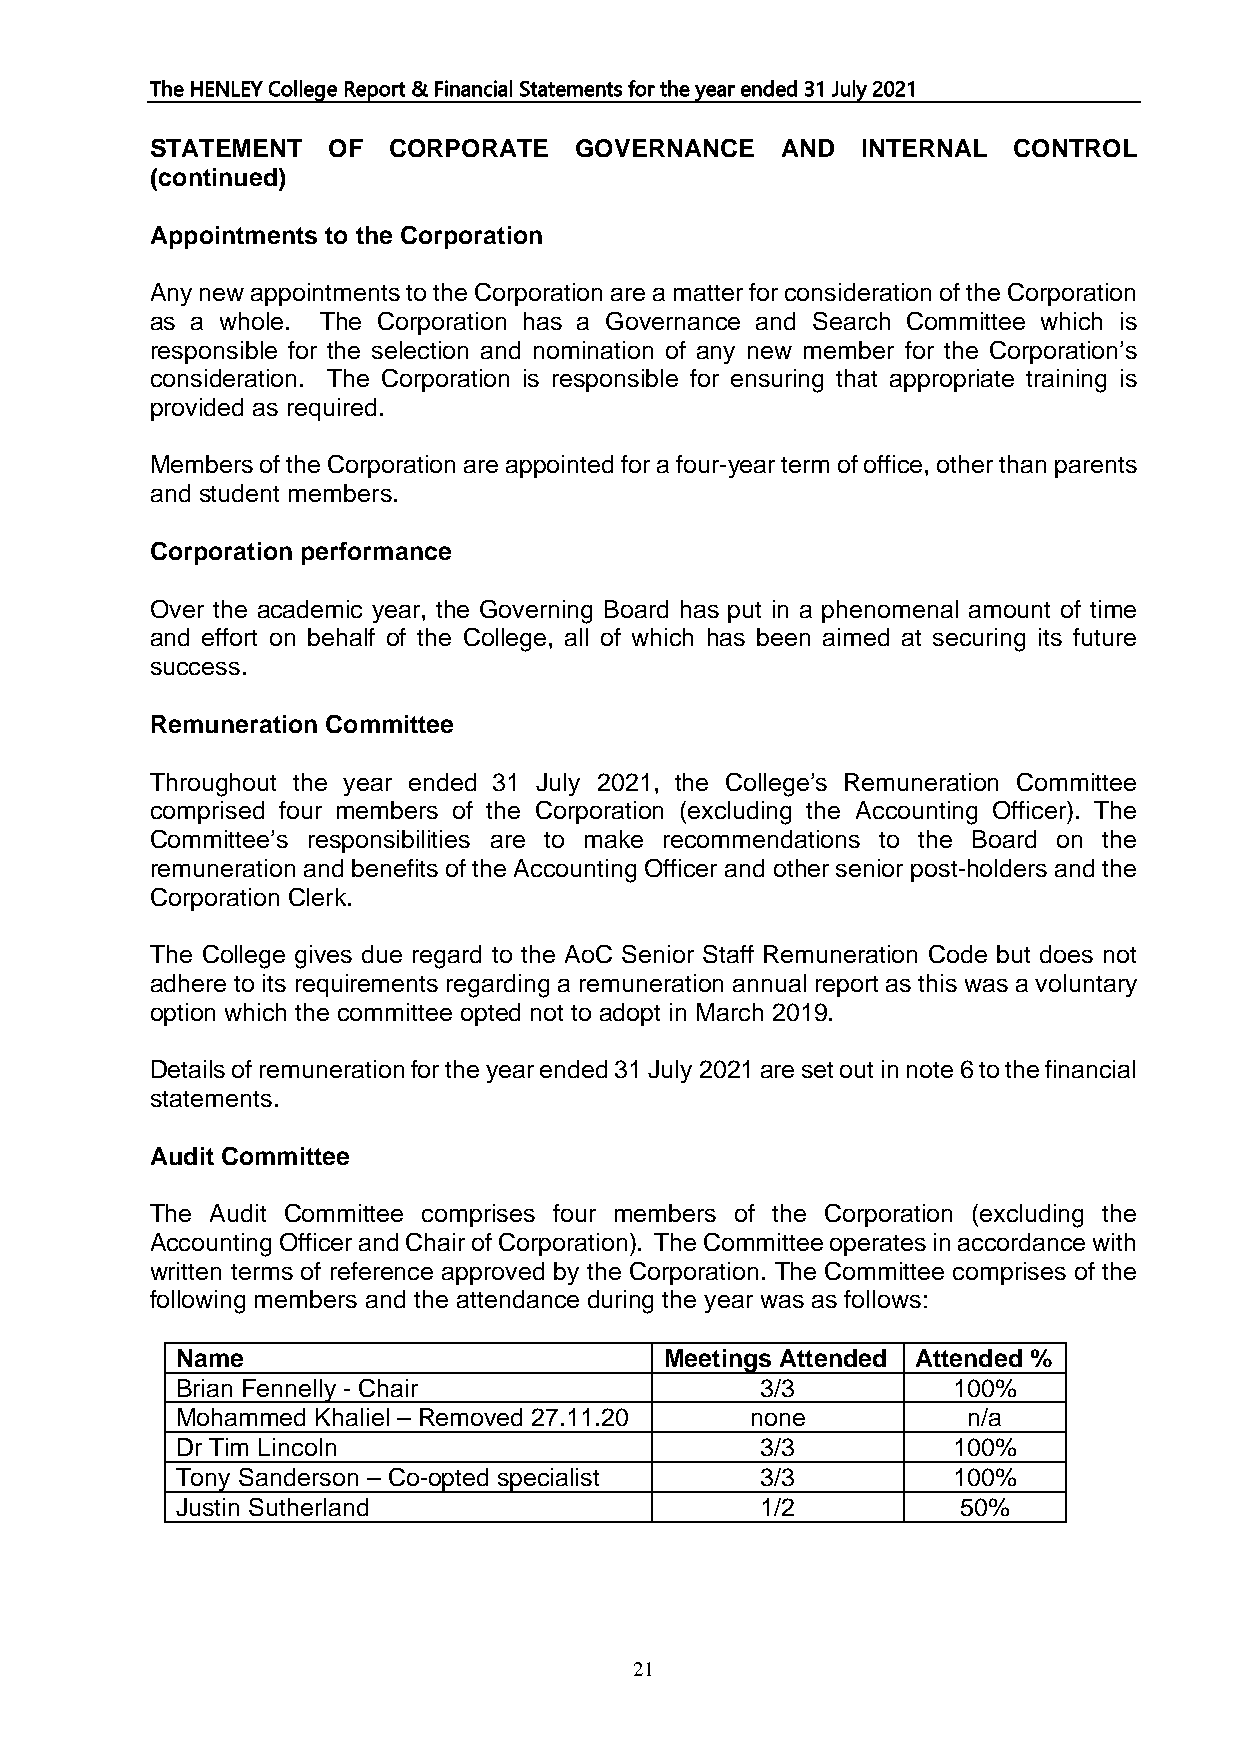
The HENLEY College Report & Financial Statements for the year ended 31 July 2021
 STATEMENT   OF  CORPORATE   GOVERNANCE    AND  INTERNAL  CONTROL
 (continued)
 Appointments to the Corporation
 Any new appointments to the Corporation are a matter for consideration of the Corporation
 as a whole. The Corporation has a Governance and Search Committee which is
 responsible for the selection and nomination of any new member for the Corporation’s
 consideration. The Corporation is responsible for ensuring that appropriate training is
 provided as required.
 Members of the Corporation are appointed for a four-year term of office, other than parents
 and student members.
 Corporation performance
 Over the academic year, the Governing Board has put in a phenomenal amount of time
 and effort on behalf of the College, all of which has been aimed at securing its future
 success.
 Remuneration Committee
 Throughout the year ended 31 July 2021, the College’s Remuneration Committee
 comprised four members of the Corporation (excluding the Accounting Officer). The
 Committee’s responsibilities are to make recommendations to the Board on the
 remuneration and benefits of the Accounting Officer and other senior post-holders and the
 Corporation Clerk.
 The College gives due regard to the AoC Senior Staff Remuneration Code but does not
 adhere to its requirements regarding a remuneration annual report as this was a voluntary
 option which the committee opted not to adopt in March 2019.
 Details of remuneration for the year ended 31 July 2021 are set out in note 6 to the financial
 statements.
 Audit Committee
 The Audit Committee comprises four members of the Corporation (excluding the
 Accounting Officer and Chair of Corporation). The Committee operates in accordance with
 written terms of reference approved by the Corporation. The Committee comprises of the
 following members and the attendance during the year was as follows:
 Name                            Meetings Attended Attended %
 Brian Fennelly - Chair                3/3          100%
 Mohammed Khaliel – Removed 27.11.20   none          n/a
 Dr Tim Lincoln                        3/3          100%
 Tony Sanderson – Co-opted specialist  3/3          100%
 Justin Sutherland                     1/2           50%
 21